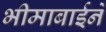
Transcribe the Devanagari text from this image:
भीमाबाईने